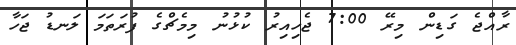
ރާއްޖެ ގަޑިން މިރޭ 7:00 ޖެހިއިރު ކުޅުނު މިމެޗްގެ ފުރަތަމަ ލަނޑު ޖަހާ